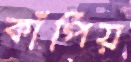
কাঁপিয়